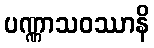
ပဏ္ဏာသဝဿာနိ